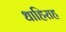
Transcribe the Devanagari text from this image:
धाहिराह